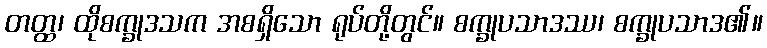
တတ္ထ၊ ထိုစက္ခုဒသက အစရှိသော ရုပ်တို့တွင်။ စက္ခုပသာဒဿ၊ စက္ခုပသာဒ၏။